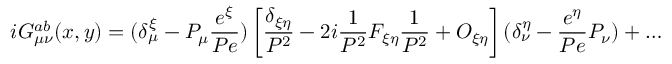
i G _ { \mu \nu } ^ { a b } ( x , y ) = ( \delta _ { \mu } ^ { \xi } - { \cal P } _ { \mu } \frac { e ^ { \xi } } { { \cal P } e } ) \left[ \frac { \delta _ { \xi \eta } } { { \cal P } ^ { 2 } } - 2 i \frac { 1 } { { \cal P } ^ { 2 } } F _ { \xi \eta } \frac { 1 } { { \cal P } ^ { 2 } } + { \cal O } _ { \xi \eta } \right] ( \delta _ { \nu } ^ { \eta } - \frac { e ^ { \eta } } { { \cal P } e } { \cal P } _ { \nu } ) + \ldots